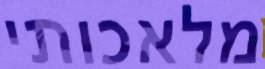
מלאכותי